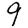
Digit: 9